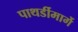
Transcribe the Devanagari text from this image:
पाथर्डीमार्गे